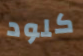
كلود